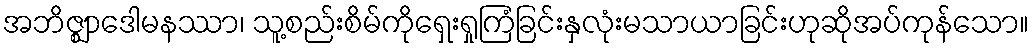
အဘိဇ္ဈာဒေါမနဿာ၊ သူ့စည်းစိမ်ကိုရှေးရှုကြံခြင်းနှလုံးမသာယာခြင်းဟုဆိုအပ်ကုန်သော။